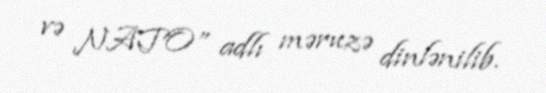
və NATO” adlı məruzə dinlənilib.